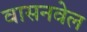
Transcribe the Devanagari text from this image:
वासनवेल